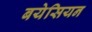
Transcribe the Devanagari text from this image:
बयेसियन